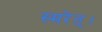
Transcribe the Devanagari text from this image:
स्मरेत्‌।